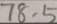
7 8 . 5